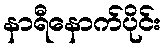
နာရီနောက်ပိုင်း